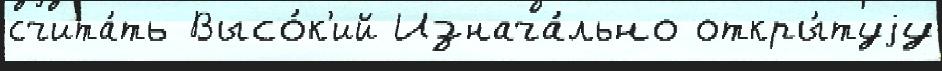
счита́ть Высо́к'ий Изнача́льно откры́туjу